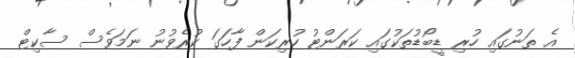
އެ ތަނުގައި ހުރި ޑީބޯޑުތަކުގައި ކަރަންޓު ހުރިކަން ފާހަގަ ކުރެވުނު ނަމަވެސް ސާކިޓް